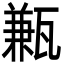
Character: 甉